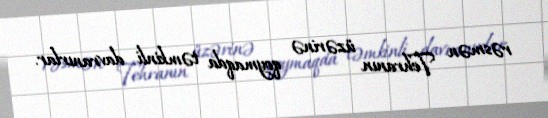
rəsmən Tehranın üzərinə qoymaqda təmkinli davranırlar.